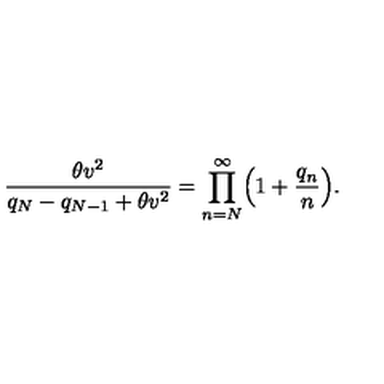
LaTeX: \displaystyle { \frac { \theta v ^ { 2 } } { q _ { N } - q _ { N - 1 } + \theta v ^ { 2 } } = \prod _ { n = N } ^ { \infty } \Bigl ( 1 + \frac { q _ { n } } { n } \Bigr ) } .